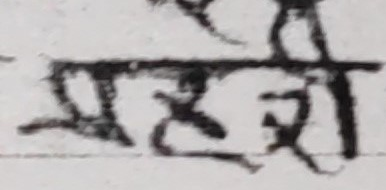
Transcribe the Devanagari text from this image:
प्रहृम्रो